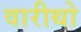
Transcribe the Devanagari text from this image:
वारीथो